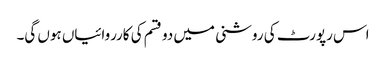
اس رپورٹ کی روشنی میں دو قسم کی کارروائیاں ہوں گی۔